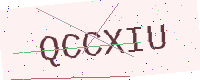
Text: QCCXIU